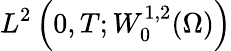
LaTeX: L^{2}\left(0,T;W_{0}^{1,2}(\Omega)\right)